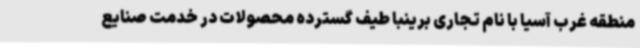
منطقه غرب آسیا با نام تجاری برینبا طیف گسترده محصولات در خدمت صنایع